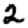
Digit: 2